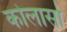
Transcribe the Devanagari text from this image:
कोलासो